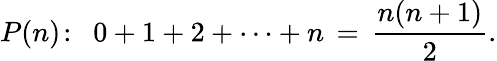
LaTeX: P(n)\! :\ \ 0+1+2+\cdots+n\, =\, {\frac{n(n+1)}{2}}.